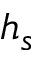
h _ { s }